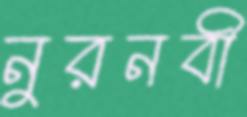
নুরনবী